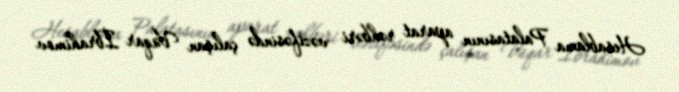
Hesablama Palatasının aparat rəhbəri vəzifəsində çalışan Vüqar İbrahimov